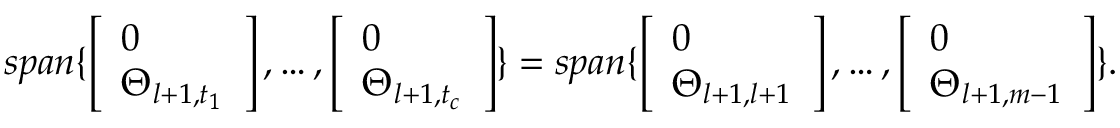
s p a n \{ \left[ \begin{array} { l } { 0 } \\ { \Theta _ { l + 1 , t _ { 1 } } } \end{array} \right] , \dots , \left[ \begin{array} { l } { 0 } \\ { \Theta _ { l + 1 , t _ { c } } } \end{array} \right] \} = s p a n \{ \left[ \begin{array} { l } { 0 } \\ { \Theta _ { l + 1 , l + 1 } } \end{array} \right] , \dots , \left[ \begin{array} { l } { 0 } \\ { \Theta _ { l + 1 , m - 1 } } \end{array} \right] \} .